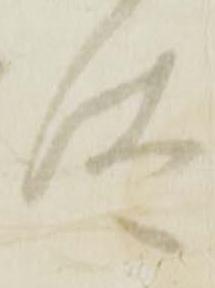
汰